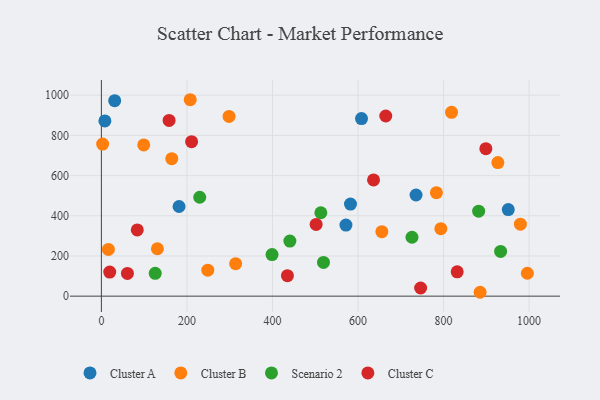
{"axis": {"x": "Study Hours", "y": "Profit"}, "legend": ["Cluster A", "Cluster B", "Cluster C", "Scenario 2"], "data": [{"x": "571.8", "y": 353.9, "type": "Cluster A"}, {"x": "31.1", "y": 972.9, "type": "Cluster A"}, {"x": "951.3", "y": 431.0, "type": "Cluster A"}, {"x": "608.2", "y": 883.9, "type": "Cluster A"}, {"x": "181.6", "y": 446.2, "type": "Cluster A"}, {"x": "582.4", "y": 458.1, "type": "Cluster A"}, {"x": "735.7", "y": 503.4, "type": "Cluster A"}, {"x": "8.2", "y": 872.0, "type": "Cluster A"}, {"x": "248.8", "y": 129.3, "type": "Cluster B"}, {"x": "2.9", "y": 757.1, "type": "Cluster B"}, {"x": "164.6", "y": 684.2, "type": "Cluster B"}, {"x": "793.7", "y": 336.0, "type": "Cluster B"}, {"x": "99.0", "y": 752.8, "type": "Cluster B"}, {"x": "885.5", "y": 19.3, "type": "Cluster B"}, {"x": "298.5", "y": 894.3, "type": "Cluster B"}, {"x": "927.0", "y": 664.8, "type": "Cluster B"}, {"x": "131.0", "y": 235.8, "type": "Cluster B"}, {"x": "818.7", "y": 914.8, "type": "Cluster B"}, {"x": "783.3", "y": 515.1, "type": "Cluster B"}, {"x": "655.8", "y": 320.7, "type": "Cluster B"}, {"x": "207.7", "y": 977.6, "type": "Cluster B"}, {"x": "16.4", "y": 232.5, "type": "Cluster B"}, {"x": "979.7", "y": 358.3, "type": "Cluster B"}, {"x": "996.0", "y": 114.1, "type": "Cluster B"}, {"x": "313.9", "y": 161.8, "type": "Cluster B"}, {"x": "726.2", "y": 293.2, "type": "Scenario 2"}, {"x": "882.1", "y": 422.9, "type": "Scenario 2"}, {"x": "933.4", "y": 222.8, "type": "Scenario 2"}, {"x": "440.7", "y": 274.3, "type": "Scenario 2"}, {"x": "125.9", "y": 113.6, "type": "Scenario 2"}, {"x": "399.0", "y": 207.1, "type": "Scenario 2"}, {"x": "513.1", "y": 415.0, "type": "Scenario 2"}, {"x": "229.9", "y": 492.2, "type": "Scenario 2"}, {"x": "519.3", "y": 167.9, "type": "Scenario 2"}, {"x": "831.9", "y": 121.2, "type": "Cluster C"}, {"x": "19.5", "y": 120.0, "type": "Cluster C"}, {"x": "60.9", "y": 113.3, "type": "Cluster C"}, {"x": "83.9", "y": 329.5, "type": "Cluster C"}, {"x": "898.9", "y": 733.8, "type": "Cluster C"}, {"x": "158.3", "y": 874.4, "type": "Cluster C"}, {"x": "435.0", "y": 101.7, "type": "Cluster C"}, {"x": "746.4", "y": 40.7, "type": "Cluster C"}, {"x": "636.3", "y": 578.7, "type": "Cluster C"}, {"x": "210.9", "y": 768.8, "type": "Cluster C"}, {"x": "664.9", "y": 896.7, "type": "Cluster C"}, {"x": "502.1", "y": 357.0, "type": "Cluster C"}]}